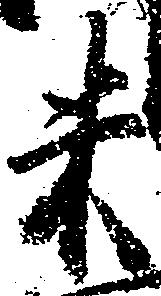
米